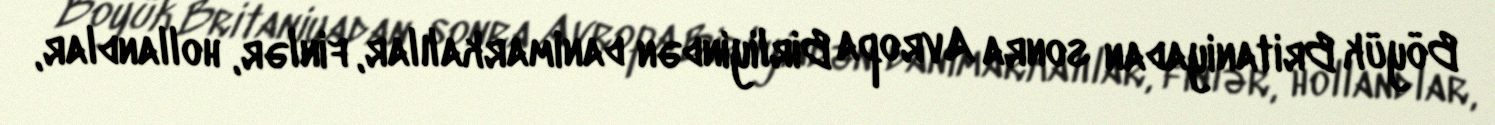
Böyük Britaniyadan sonra Avropa Birliyindən danimarkalılar, finlər, hollandlar,